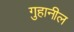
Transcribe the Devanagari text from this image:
गुहानील